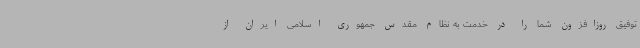
توفیق روزافزون شما را در خدمت به نظام مقدس جمهوری اسلامی ایران از